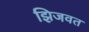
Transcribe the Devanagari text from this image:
झिजवत